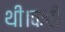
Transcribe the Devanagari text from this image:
थी।कही